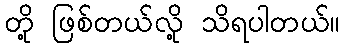
တို့ ဖြစ်တယ်လို့ သိရပါတယ်။